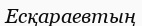
Есқараевтың